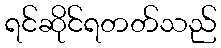
ရင်ဆိုင်ရတတ်သည်